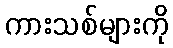
ကားသစ်များကို